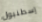
إسطنبول